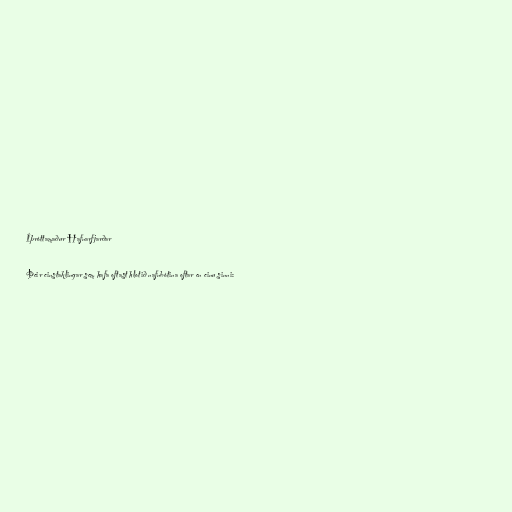
Íþróttamaður Hafnarfjarðar

Þeir einstaklingar sem hafa oftast hlotið nafnbótina oftar en einu sinni: